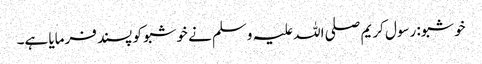
خوشبو: رسول کریم صلی اللہ علیہ وسلم نے خوشبو کو پسند فرمایا ہے۔